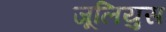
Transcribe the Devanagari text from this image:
जूलियुस